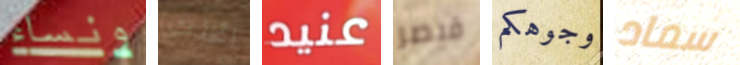
ونساء اتخذت عنيد قيصر وجوهكم سماد